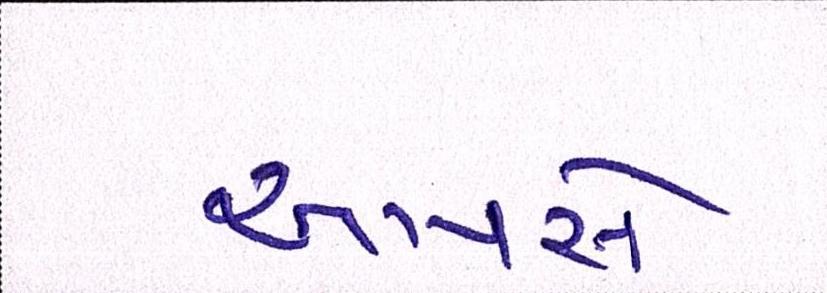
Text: આપસે